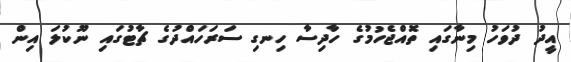
އީދު ދުވަހު މިނާގައި ތޮއްޖެހުމުގެ ހާދިސާ ހިނގި ސަރަހައްދުގެ ޗާޓުގައި ނޫކުލަ އިން